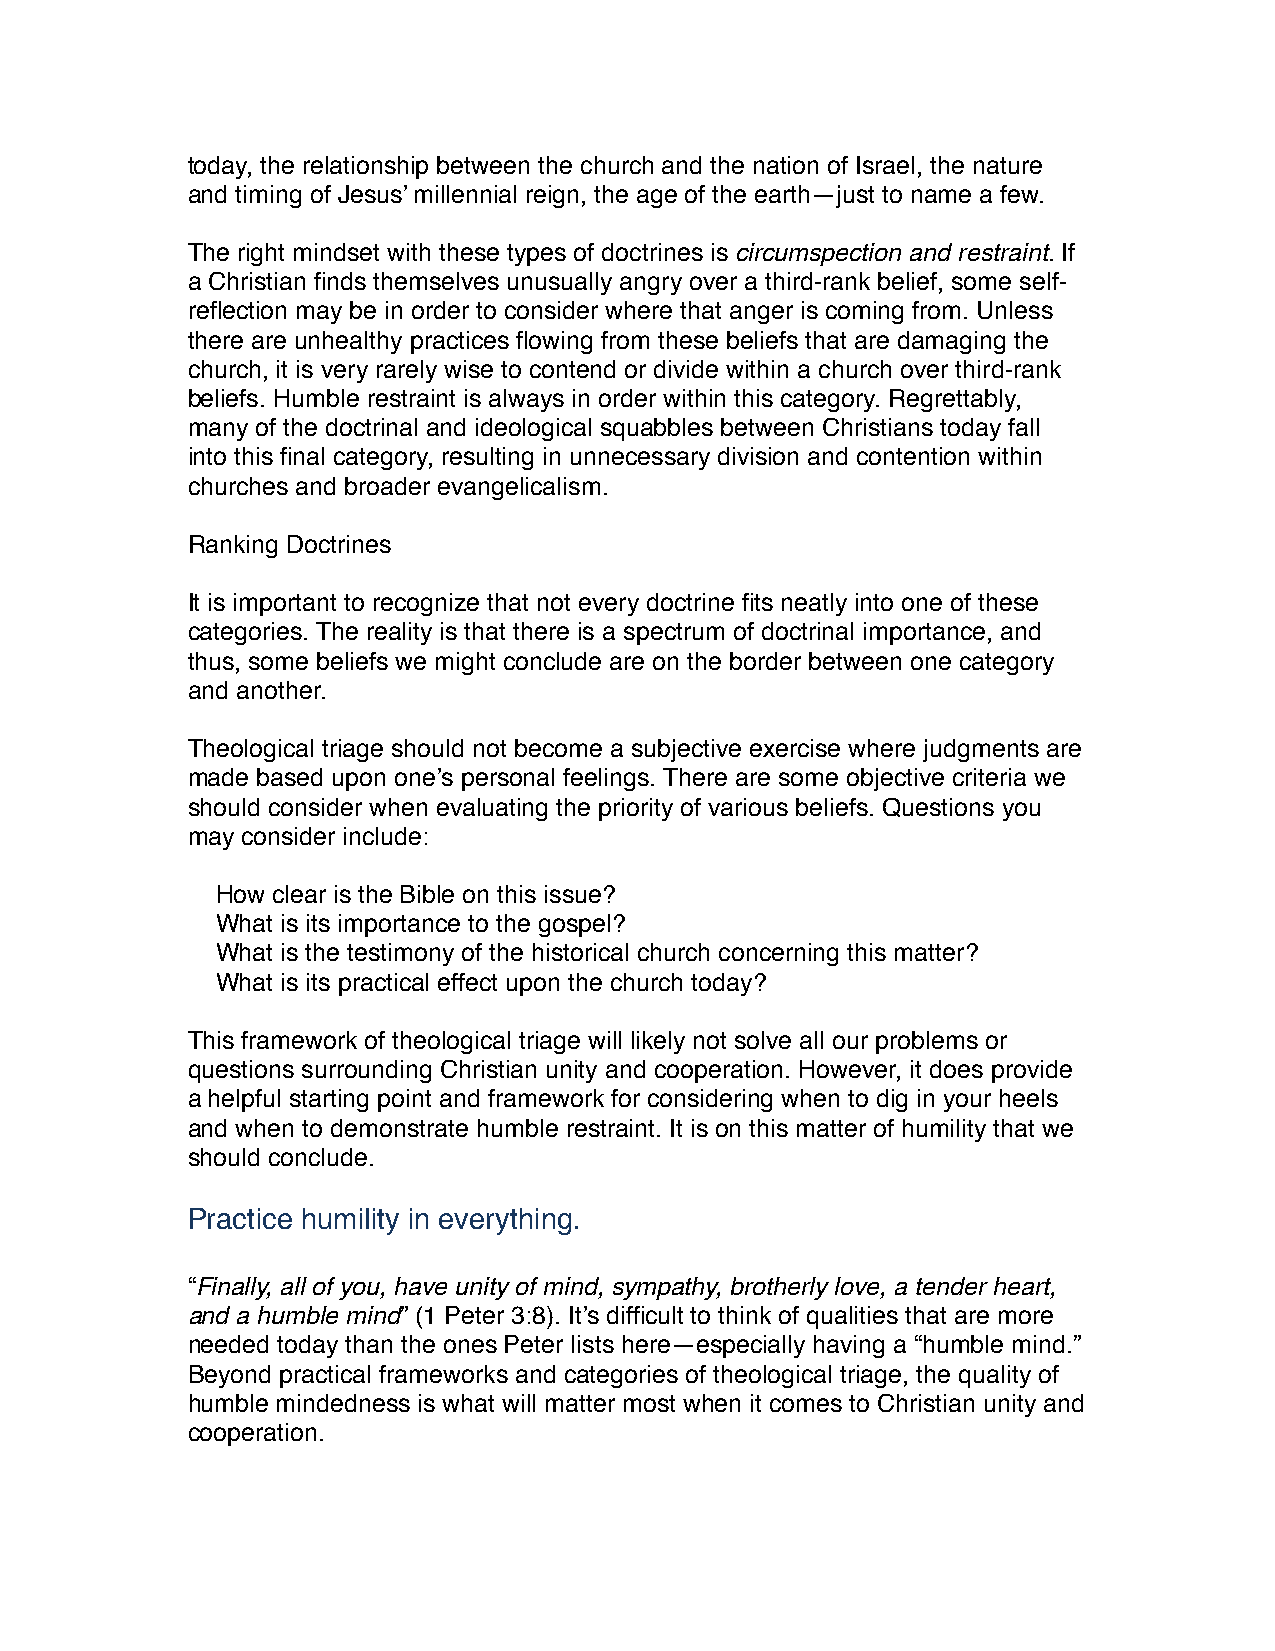
today, the relationship between the church and the nation of Israel, the nature
 and timing of Jesus’ millennial reign, the age of the earth—just to name a few.
 The right mindset with these types of doctrines is circumspection and restraint. If
 a Christian finds themselves unusually angry over a third-rank belief, some self-
 reflection may be in order to consider where that anger is coming from. Unless
 there are unhealthy practices flowing from these beliefs that are damaging the
 church, it is very rarely wise to contend or divide within a church over third-rank
 beliefs. Humble restraint is always in order within this category. Regrettably,
 many of the doctrinal and ideological squabbles between Christians today fall
 into this final category, resulting in unnecessary division and contention within
 churches and broader evangelicalism.
 Ranking Doctrines
 It is important to recognize that not every doctrine fits neatly into one of these
 categories. The reality is that there is a spectrum of doctrinal importance, and
 thus, some beliefs we might conclude are on the border between one category
 and another.
 Theological triage should not become a subjective exercise where judgments are
 made based upon one’s personal feelings. There are some objective criteria we
 should consider when evaluating the priority of various beliefs. Questions you
 may consider include:
 How clear is the Bible on this issue?
 What is its importance to the gospel?
 What is the testimony of the historical church concerning this matter?
 What is its practical effect upon the church today?
 This framework of theological triage will likely not solve all our problems or
 questions surrounding Christian unity and cooperation. However, it does provide
 a helpful starting point and framework for considering when to dig in your heels
 and when to demonstrate humble restraint. It is on this matter of humility that we
 should conclude.
 Practice humility in everything.
 “Finally, all of you, have unity of mind, sympathy, brotherly love, a tender heart,
 and a humble mind” (1 Peter 3:8). It’s difficult to think of qualities that are more
 needed today than the ones Peter lists here—especially having a “humble mind.”
 Beyond practical frameworks and categories of theological triage, the quality of
 humble mindedness is what will matter most when it comes to Christian unity and
 cooperation.